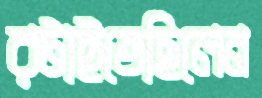
রটাইতেছিলেন